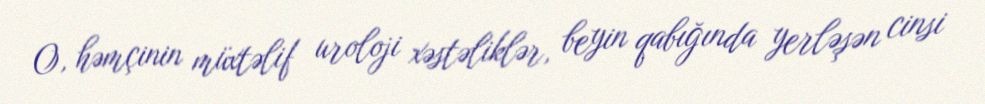
O, həmçinin müxtəlif uroloji xəstəliklər, beyin qabığında yerləşən cinsi